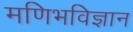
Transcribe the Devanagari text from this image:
मणिभविज्ञान